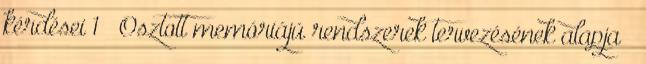
kérdései 1 ● Osztott memóriájú rendszerek tervezésének alapja –